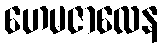
ဟေမဇာလေန